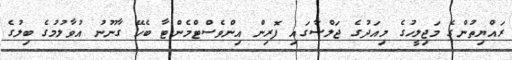
ރައްޔިތުންގެ މަޖިލީހުގެ މިއަދުގެ ޖަލްސާގައި ފޮރިން އިންވެސްޓްމެންޓާ ބެހޭ ގާނޫނު އުވާލުމުގެ ބިލުގެ